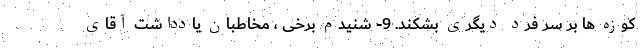
کوزه ها بر سر فرد دیگری بشکند. 9- شنیدم برخی ، مخاطبان یادداشت آقای